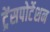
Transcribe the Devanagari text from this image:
ट्रेंसपोर्टेशन